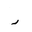
Letter: _dal